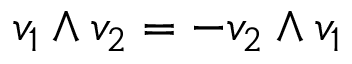
v _ { 1 } \wedge v _ { 2 } = - v _ { 2 } \wedge v _ { 1 }